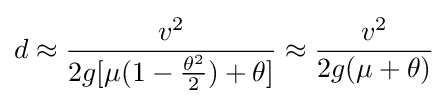
d\approx {\frac {v^{2}}{2g[\mu (1-{\frac {\theta ^{2}}{2}})+\theta ]}}\approx {\frac {v^{2}}{2g(\mu +\theta )}}